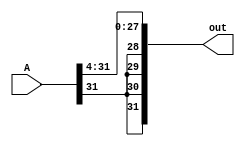
module sra4(out, A);
    input [31:0] A;
    output [31:0] out; 

    assign out[31:28] = {A[31], A[31], A[31], A[31]};
    assign out[27:0] = A[31:4];

endmodule